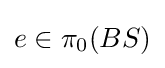
e\in \pi _{0}(BS)